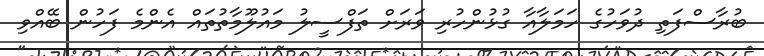
ބުރާސްފަތި ދުވަހުގެ ހަމަލާއާ ގުޅުންހުރި ވަރަށް ތަފްސީލު މައުލޫމާތުތައް އެންމެ ފަހުން ބޭއްވި